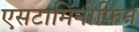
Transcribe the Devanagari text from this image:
एसटामिनोफिन